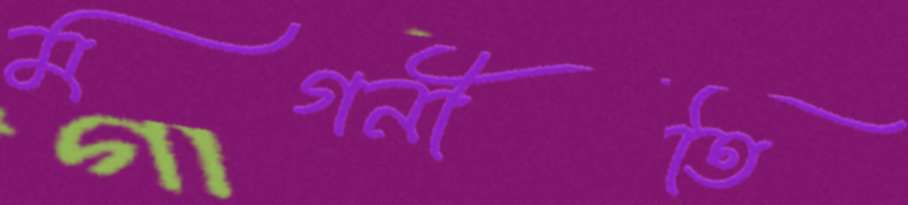
মগনীতি